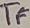
Text: TF